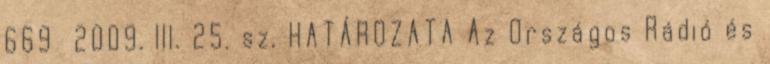
669 2009. III. 25. sz. HATÁROZATA Az Országos Rádió és